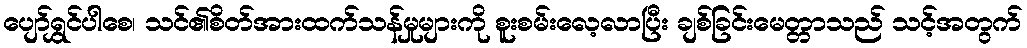
ပျော်ရွှင်ပါစေ၊ သင်၏စိတ်အားထက်သန်မှုများကို စူးစမ်းလေ့လာပြီး ချစ်ခြင်းမေတ္တာသည် သင့်အတွက်